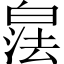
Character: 𪾁